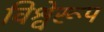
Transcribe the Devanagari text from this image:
विश्वेरूप